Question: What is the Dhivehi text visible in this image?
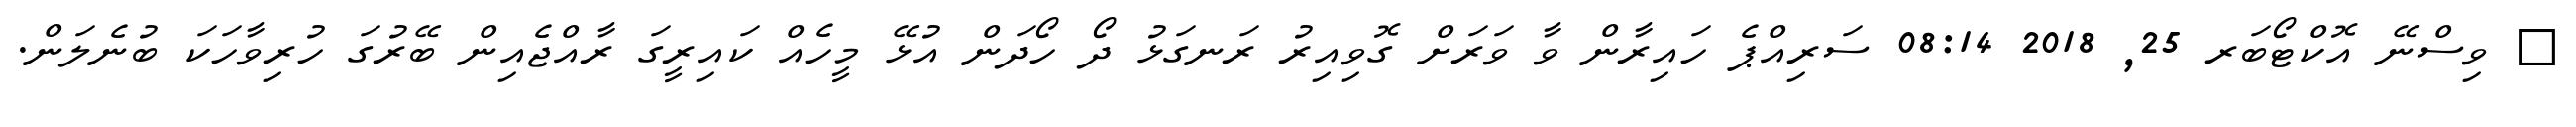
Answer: ? ވިސްނޭ އޮކްޓޯބަރ 25, 2018 08:14 ސަރިއްޕެ ހައިރާން ވާ ވަރަށް ގޮވިއިރު ރަނގަޅު ދޯ ހޯދަން އުޅޭ މީހެއް ކައިރީގަ ރާއްޖެއިން ބޭރުގަ ހުރިވާހަކަ ބުނެލަން.